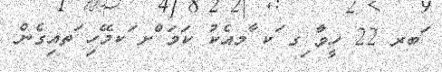
ަބރ 22 ހީވާ ިގ ަކ ާމއެކު ކަމަ ްށ ަކމޭހި ަތއިގެން